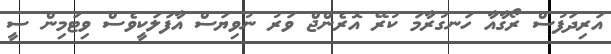
އަރިދަފުސް ރޯގާއާ ހަނގުރާމަ ކުރޭ އޮރެންޖް ވަރު ނުވިޔަސް އާފަލަކީވެސް ވިޓަމިން ސީ